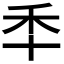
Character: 𮂯